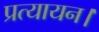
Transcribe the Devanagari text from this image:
प्रत्यायन।